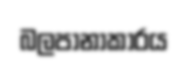
බලපානාකාරය